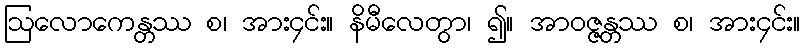
ဩလောကေန္တဿ စ၊ အား၄င်း။ နိမီလေတွာ၊ ၍။ အာဝဇ္ဇန္တဿ စ၊ အား၄င်း။